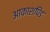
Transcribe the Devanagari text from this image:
आकाशपिंड